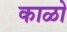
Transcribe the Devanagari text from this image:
काळो